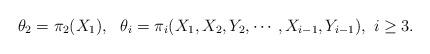
LaTeX: \begin{align*}\theta_2=\pi_2(X_1),\ \ \theta_i=\pi_i(X_1,X_2,Y_2,\cdots,X_{i-1},Y_{i-1}),~i\geq3.\end{align*}